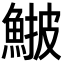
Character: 𩸉